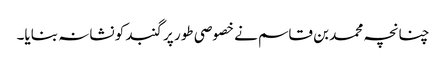
چنانچہ محمد بن قاسم نے خصوصی طور پر گنبد کو نشانہ بنایا۔